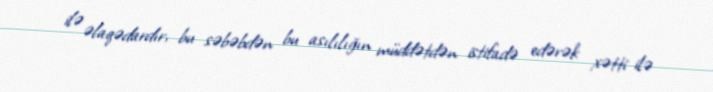
ilə əlaqədardır, bu səbəbdən bu asılılığın müddətdən istifadə edərək xətti ilə